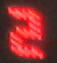
2